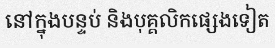
នៅក្នុងបន្ទប់ និងបុគ្គលិកផ្សេងទៀត